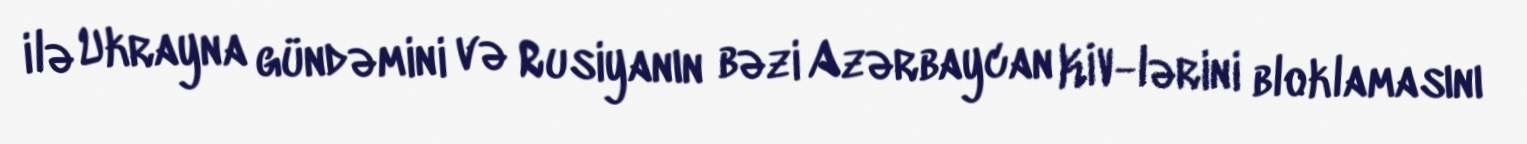
ilə Ukrayna gündəmini və Rusiyanın bəzi Azərbaycan KİV-lərini bloklamasını